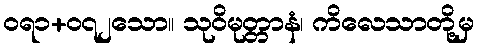
ဝရ၁+၀၇၂သော။ သုဝိမုတ္တာနံ၊ ကိလေသာတို့မှ